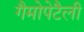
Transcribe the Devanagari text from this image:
गैमोपेटैली